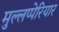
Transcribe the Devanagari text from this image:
मुल्लप्पेरियार